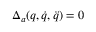
\Delta _ { a } ( q , \dot { q } , \ddot { q } ) = 0